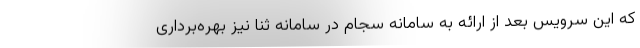
که این سرویس بعد از ارائه به سامانه سجام در سامانه ثنا نیز بهره‌برداری